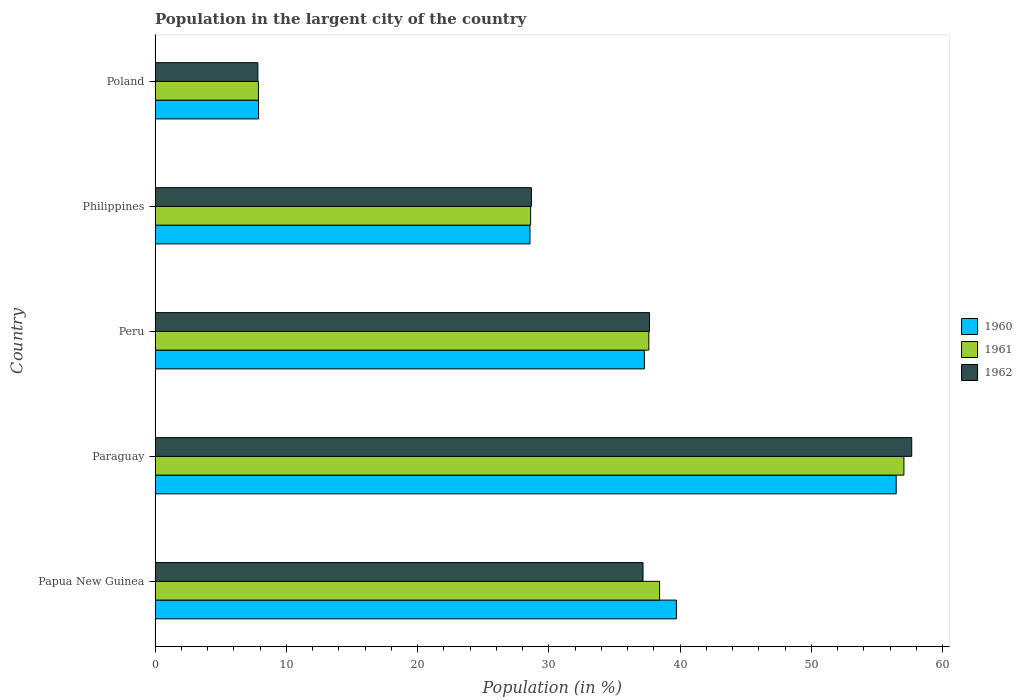
| Country | 1960 | 1961 | 1962 |
 | --- | --- | --- | --- |
 | Papua New Guinea | 39.7 | 38.4 | 37.2 |
 | Paraguay | 56.5 | 57.1 | 57.7 |
 | Peru | 37.3 | 37.6 | 37.7 |
 | Philippines | 28.6 | 28.6 | 28.7 |
 | Poland | 7.88 | 7.88 | 7.83 |